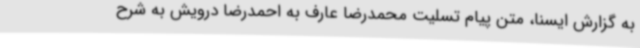
به گزارش ایسنا، متن پیام تسلیت محمدرضا عارف به احمدرضا درویش به شرح